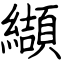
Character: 纈